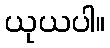
ယုယပါ။